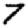
Digit: 7